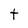
Character: t